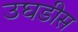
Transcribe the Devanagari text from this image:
उघडीस